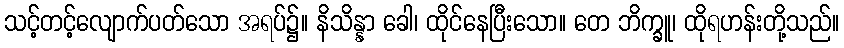
သင့်တင့်လျောက်ပတ်သော အရပ်၌။ နိသိန္နာ ခေါ၊ ထိုင်နေပြီးသော။ တေ ဘိက္ခူ၊ ထိုရဟန်းတို့သည်။